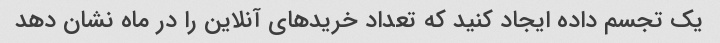
یک تجسم داده ایجاد کنید که تعداد خریدهای آنلاین را در ماه نشان دهد